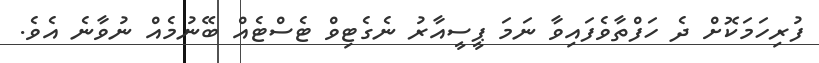
ފުރިހަމަކޮށް ދެ ހަފްތާވެފައިވާ ނަމަ ޕީސީއާރު ނެގެޓިވް ޓެސްޓެއް ބޭނުމެއް ނުވާނެ އެވެ.